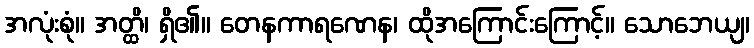
အလုံးစုံ။ အတ္ထိ၊ ရှိ၏။ တေနကာရဏေန၊ ထိုအကြောင်းကြောင့်။ သောဘေယျ၊